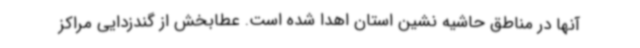
آنها در مناطق حاشیه نشین استان اهدا شده است. عطابخش از گندزدایی مراکز